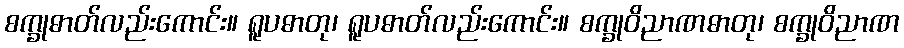
စက္ခုဓာတ်လည်းကောင်း။ ရူပဓာတု၊ ရူပဓာတ်လည်းကောင်း။ စက္ခုဝိညာဏဓာတု၊ စက္ခုဝိညာဏ